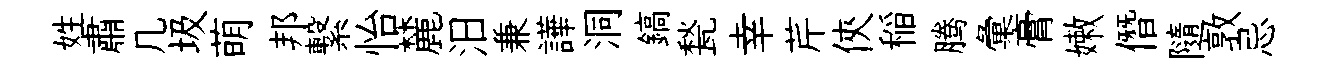
姓肅几圾萌邦繋怡麓汨兼譁洞鎬甃幸芹俠稲腾彙膏嫩僭隨敦忌